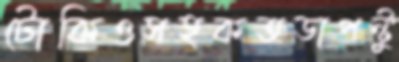
টোকিওসহকতডাপন্টু